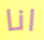
انا